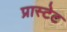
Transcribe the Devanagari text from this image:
प्रास्टेट